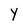
Character: Y